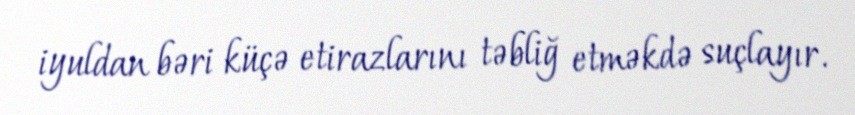
iyuldan bəri küçə etirazlarını təbliğ etməkdə suçlayır.